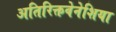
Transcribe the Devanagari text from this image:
अतिरिक्तवेनेशिया